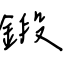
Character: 鍛